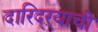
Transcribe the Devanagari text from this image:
दारिद्ऱ्याची